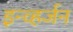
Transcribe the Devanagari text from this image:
इन्व्हर्जन